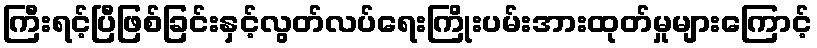
ကြီးရင့်ပြီဖြစ်ခြင်းနှင့်လွတ်လပ်ရေးကြိုးပမ်းအားထုတ်မှုများကြောင့်